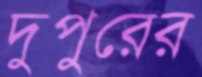
দুপুরের